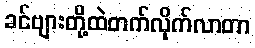
ခင်ဗျားတို့ထဲတက်လိုက်လာတာ